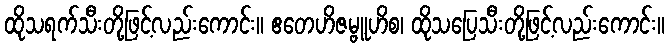
ထိုသရက်သီးတို့ဖြင့်လည်းကောင်း။ ဧတေဟိဇမ္ဗူဟိစ၊ ထိုသပြေသီးတို့ဖြင့်လည်းကောင်း။